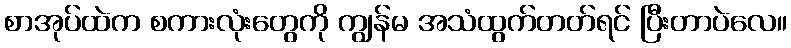
စာအုပ်ထဲက စကားလုံးတွေကို ကျွန်မ အသံထွက်တတ်ရင် ပြီးတာပဲလေ။